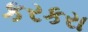
કરકરા